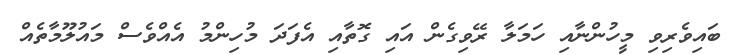
ބައިވެރިވި މީހުންނާއި ހަމަލާ ރޭވިގެން އައި ގޮތާއި އެފަދަ މުހިންމު އެއްވެސް މައުލޫމާތެއް